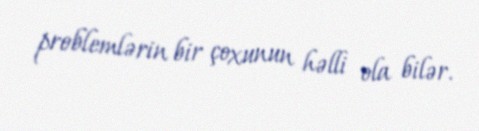
problemlərin bir çoxunun həlli ola bilər.